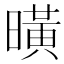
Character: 曂